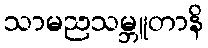
သာမညသမ္ဘူတာနိ